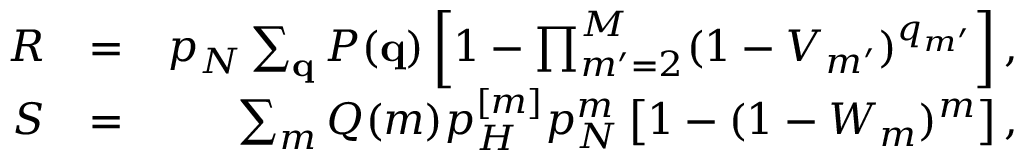
\begin{array} { r l r } { R } & { = } & { p _ { N } \sum _ { { \bf q } } P ( { \bf q } ) \left[ 1 - \prod _ { m ^ { \prime } = 2 } ^ { M } ( 1 - V _ { m ^ { \prime } } ) ^ { q _ { m ^ { \prime } } } \right] , } \\ { S } & { = } & { \sum _ { m } Q ( m ) p _ { H } ^ { [ m ] } p _ { N } ^ { m } \left[ 1 - ( 1 - W _ { m } ) ^ { m } \right] , } \end{array}